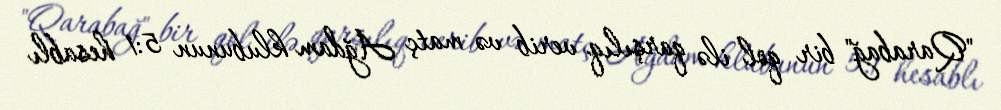
"Qarabağ" bir qol ilə qarşılıq verib və matç Ağdam klubunun 5:1 hesablı